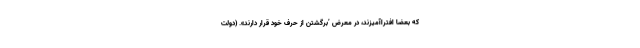
که بعضاً افتراآمیزند، در معرض ’برگشتن از حرف خود قرار دارند». (دولت